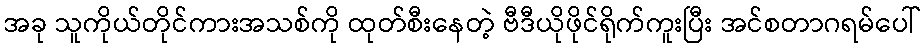
အခု သူကိုယ်တိုင်ကားအသစ်ကို ထုတ်စီးနေတဲ့ ဗီဒီယိုဖိုင်ရိုက်ကူးပြီး အင်စတာဂရမ်ပေါ်